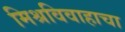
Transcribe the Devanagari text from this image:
मिश्रविवाहाचा